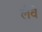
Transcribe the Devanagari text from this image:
लैवे